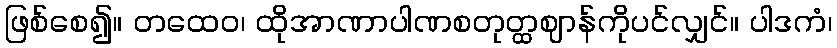
ဖြစ်စေ၍။ တထေဝ၊ ထိုအာဏာပါဏစတုတ္ထဈာန်ကိုပင်လျှင်။ ပါဒကံ၊